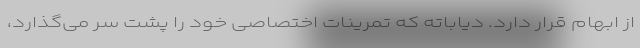
از ابهام قرار دارد. دیاباته که تمرینات اختصاصی خود را پشت سر می‌گذارد،